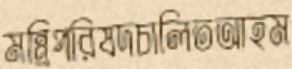
মন্ত্রিপরিষদচালিতআহম